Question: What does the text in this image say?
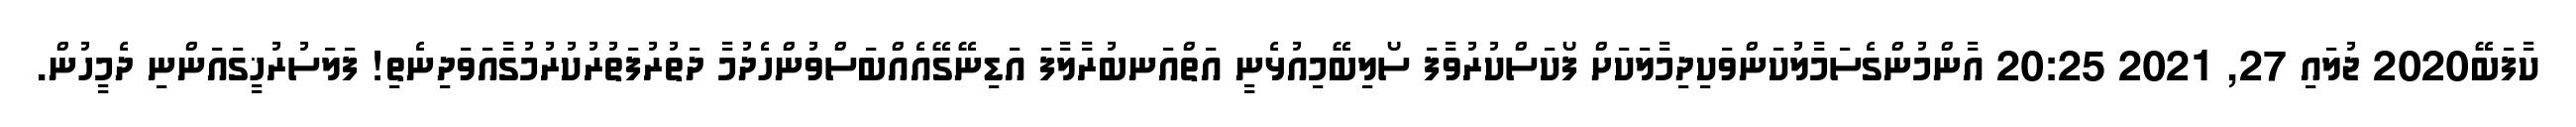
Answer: ކާފަބޭ2020 ޖުލައި 27, 2021 20:25 އާންމުންގެސަމާލުކަންވަކިދިމާލަކަށް ފޯކަސްކުރުވާފަ ސޯލިބޭމިއުޅެނީ އަތްއަނބުރާލާފަ އަޑިނޭގޭއެއްބަސްވުންހެދުމާ ދަތުރުފަތުރުކުރުމުގާއަވަދިނެތި! ފަލަސުރުޚީގައަންނި ދެމީހުން.